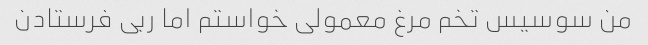
من سوسیس تخم مرغ معمولی خواستم اما ربی فرستادن